Annual administration report of the Civil Veterinary Department, Sind - 1943-1944
Year: 1943
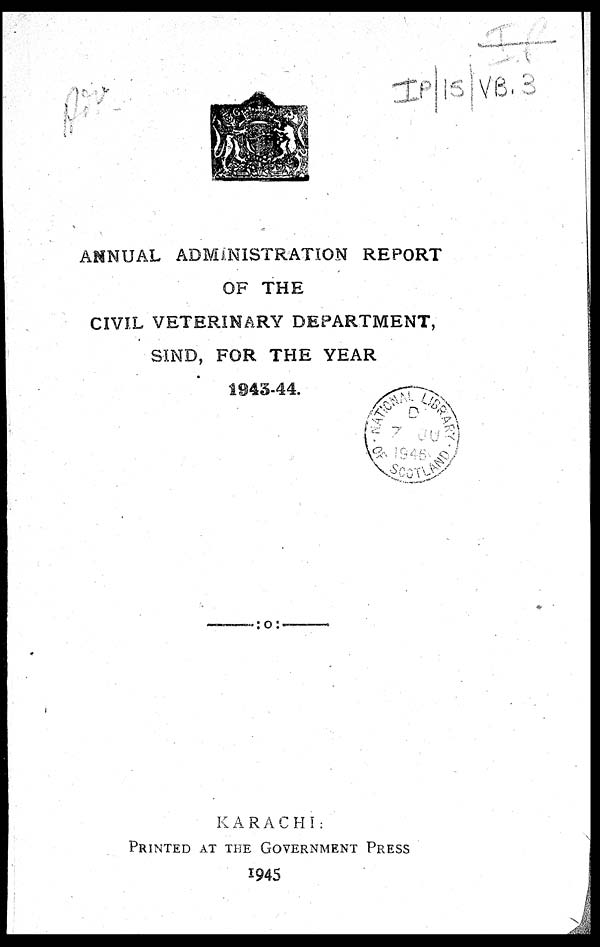
ANNUAL ADMINISTRATION REPORT
OF THE
CIVIL VETERINARY DEPARTMENT,
SIND, FOR THE YEAR
1943-44.
KARACHI:
PRINTED AT THE GOVERNMENT PRESS
1945